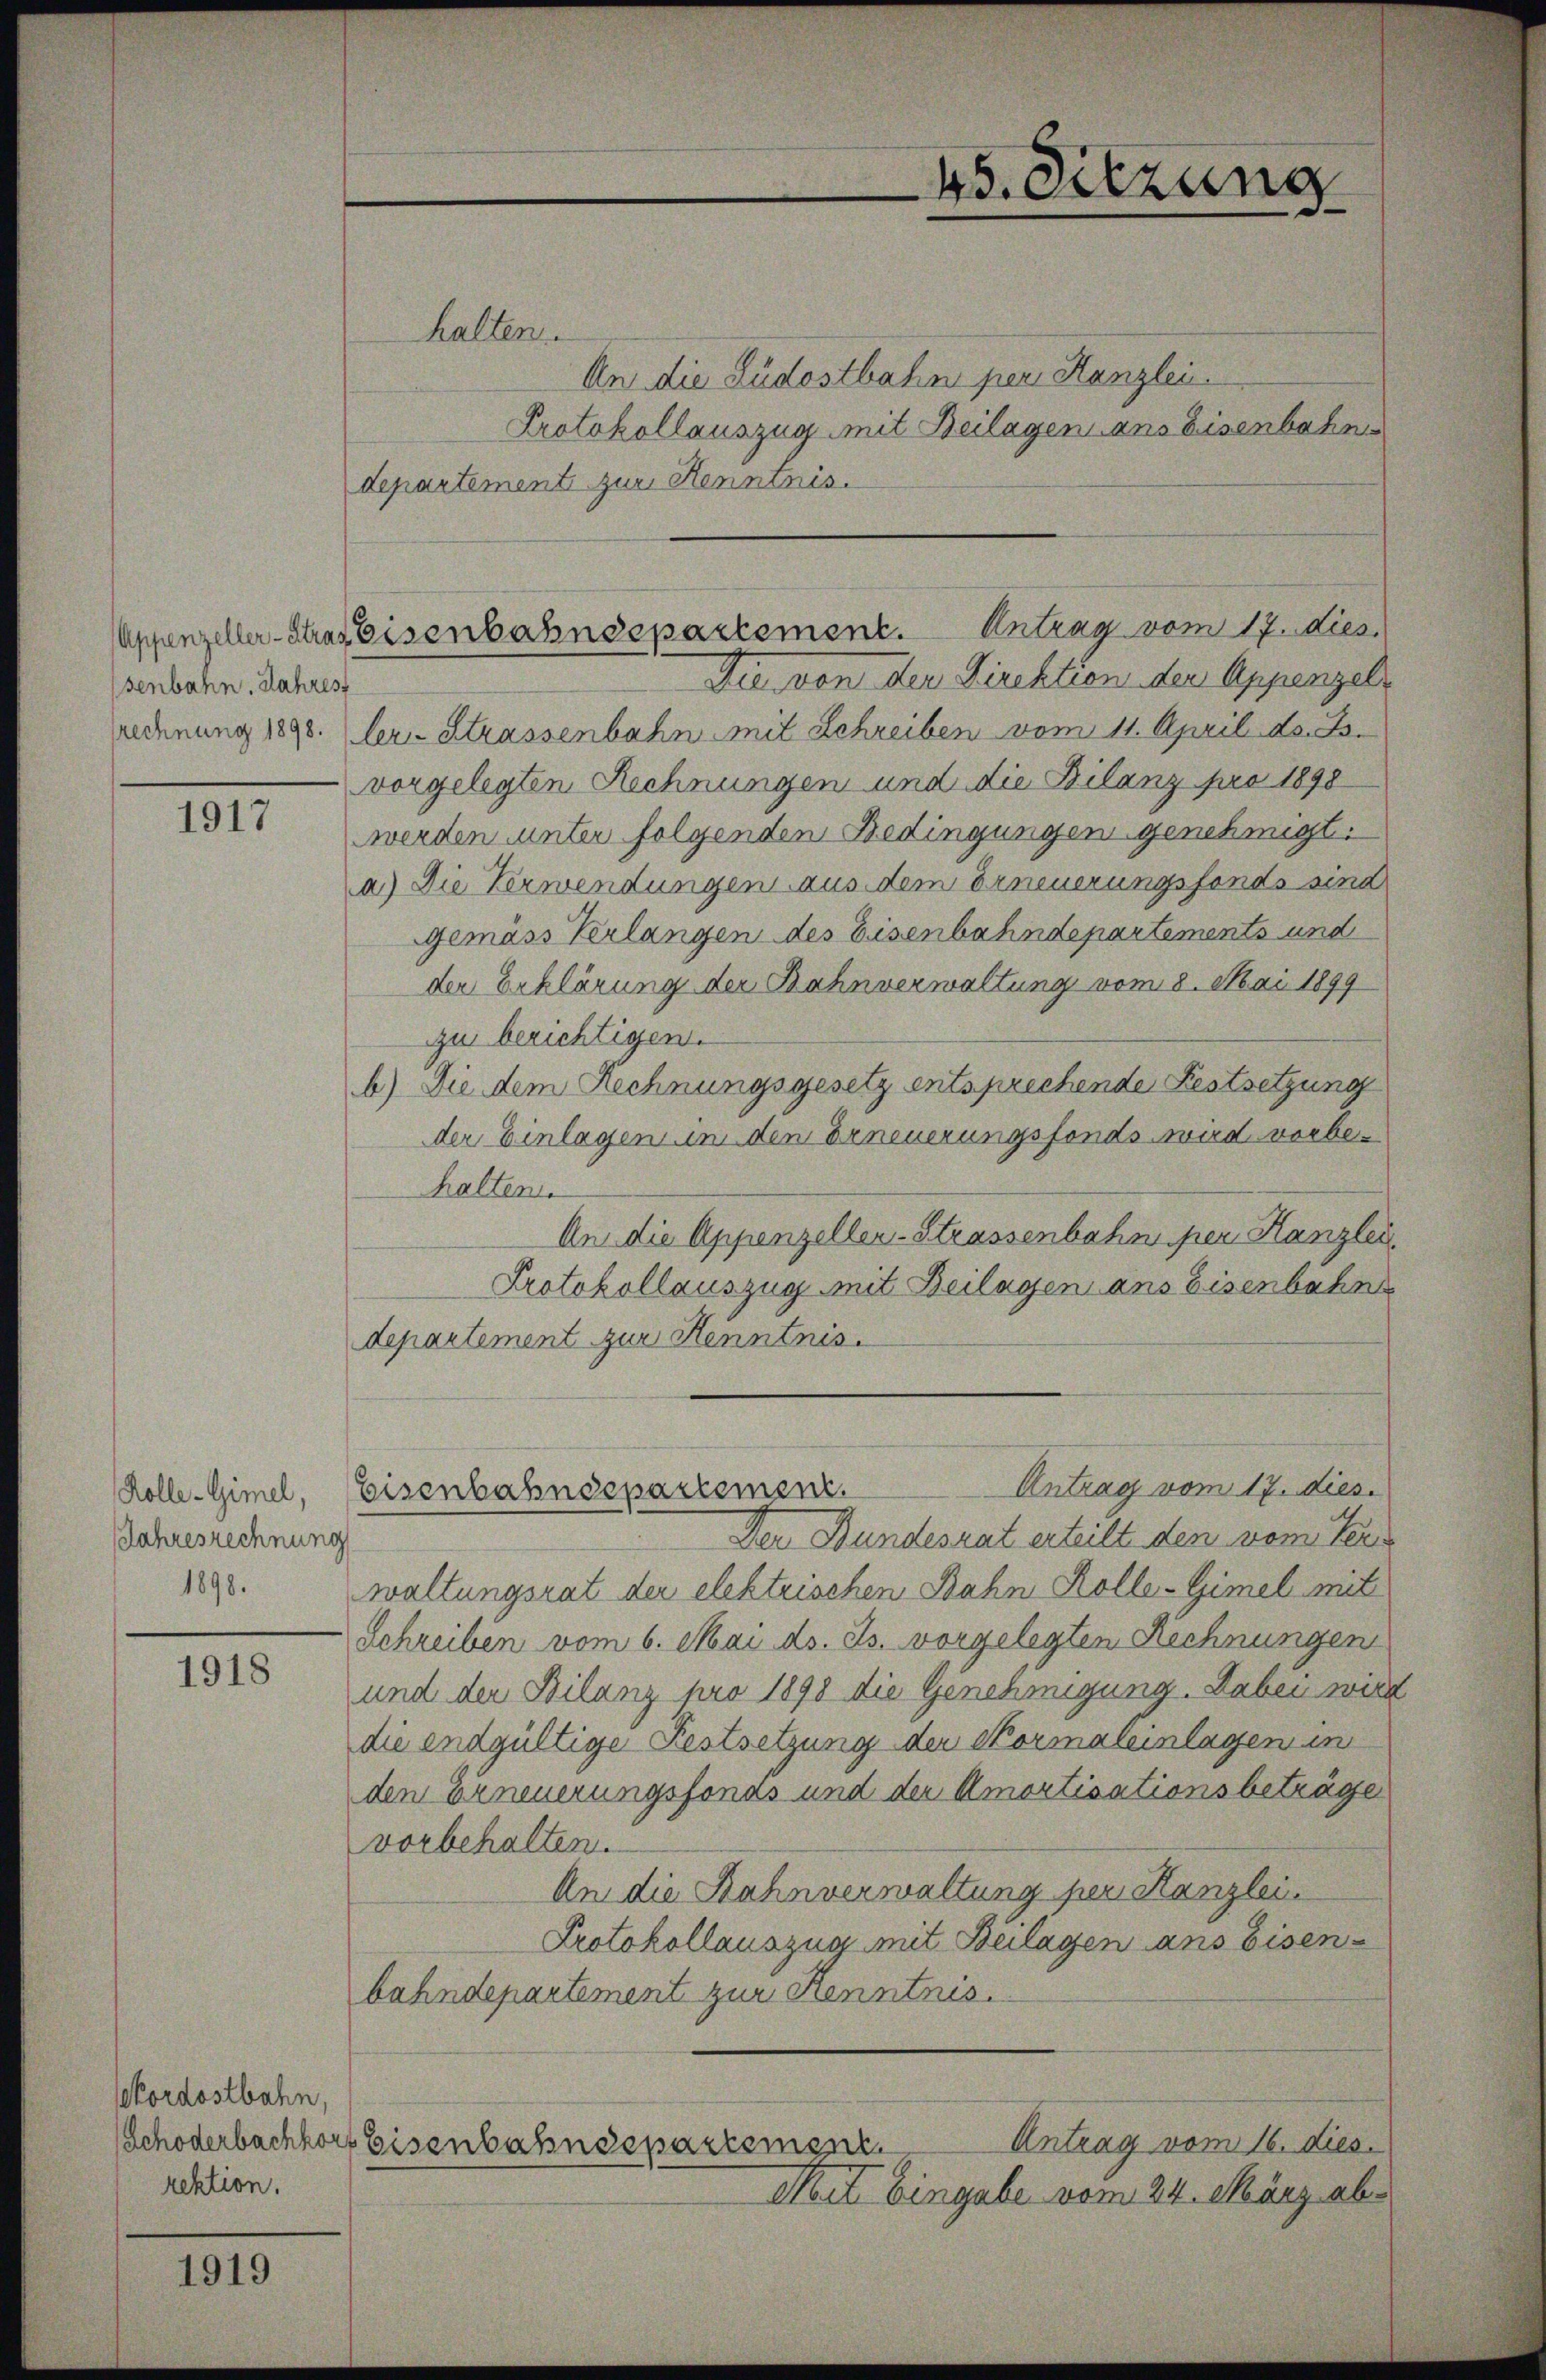
senbahn. Jahres

1917

Kolle-Gimel,
Jahresrechnung
1898.

1918

Nordostbahn,
rektion.

1919

45. Sitzung

halten.
An die Lüdostbahn per Kanzlei
Protokollauszug mit Beilagen ans Eisenbahns
departementi zur Kenntnis.
odenung 1890. ler-Strassenbahn mit Schreiben vom 11. April d. B.
vorgelegten Rechnungen und die Bilanz pro 1898
werden unter folgenden Bedingungen genehmigt.
a) Die Verwendungen aus dem Erneuerungsfonds sind
Gemäss Verlangen des Eisenbahndepartements und
der Erklärung der Bahnverwaltung vom 8. Mai 1899
zu berichtigen.
b) Die dem Rechnungsgesetz entsprechende Festsetzung
der Einlagen in den Erneuerungsfonds wird vorbehalten.
An die Appenzeller-Strassenbahn per Kanzlei
Protokollauszug mit Beilagen ans Eisenbahn
departement zur Kenntnis.
Antrag vom 17. dies
Eisenbahndepartement.
Der Bundesrat erteilt den vom Tei-
waltungsrat der elektrischen Bahn Kolle-Gimel mit
Schreiben vom 6. Mai d. Js. vorgelegten Rechnungen
und der Bilanz pro 1898 die Genehmigung. Daben wir
die endgültige Festsetzung der Normaleinlagen in
den Erneuerungsfonas und der Amortisationsbeträge
vorbehalten.
An die Bahnverwaltung per Kanzlei.
Protokollauszug mit Beilagen ans Eisen-
bahndepartement zur Kenntnis.
Antrag vom 16. dies
Schöderbachkort Eisenbahndepartement
Mit Eingabe vom 24. März ab.

Appenzeller-Stras Eisenbahndepartement. Antrag vom 17. dies.
Die von der Direktion der Appenzel